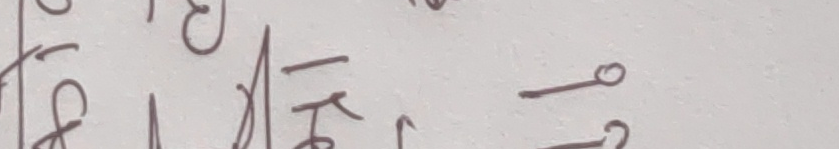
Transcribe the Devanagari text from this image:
को १९८३ मा र →
१९८३ भित्र सक भाग →